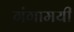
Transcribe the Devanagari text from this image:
गंगामयी